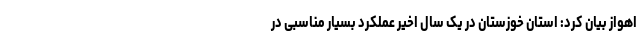
اهواز بیان کرد: استان خوزستان در یک سال اخیر عملکرد بسیار مناسبی در